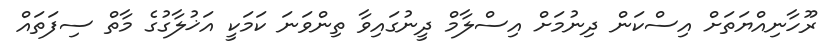
ރޫހާނިއްޔަތަށް އިސްކަން ދިނުމަށް އިސްލާމް ދީނުގައިވާ ތިންވަނަ ކަމަކީ އަޚުލާގުގެ މާތް ސިފަތައް